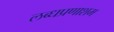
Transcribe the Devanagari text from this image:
लब्धप्रणाशम